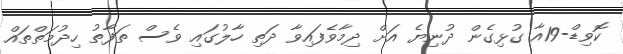
ކޮވިޑް-19އާ ގުޅިގެން ދުނިޔެ އަށް ދިމާވެފައިވާ ދަތި ހާލުގައި ވެސް ތަފާތު ހިދުމަތްތައް